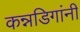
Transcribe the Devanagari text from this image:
कन्नडिगांनी